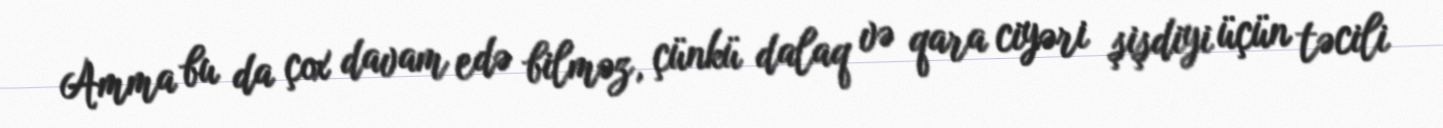
Amma bu da çox davam edə bilməz, çünkü dalaq və qara ciyəri şişdiyi üçün təcili